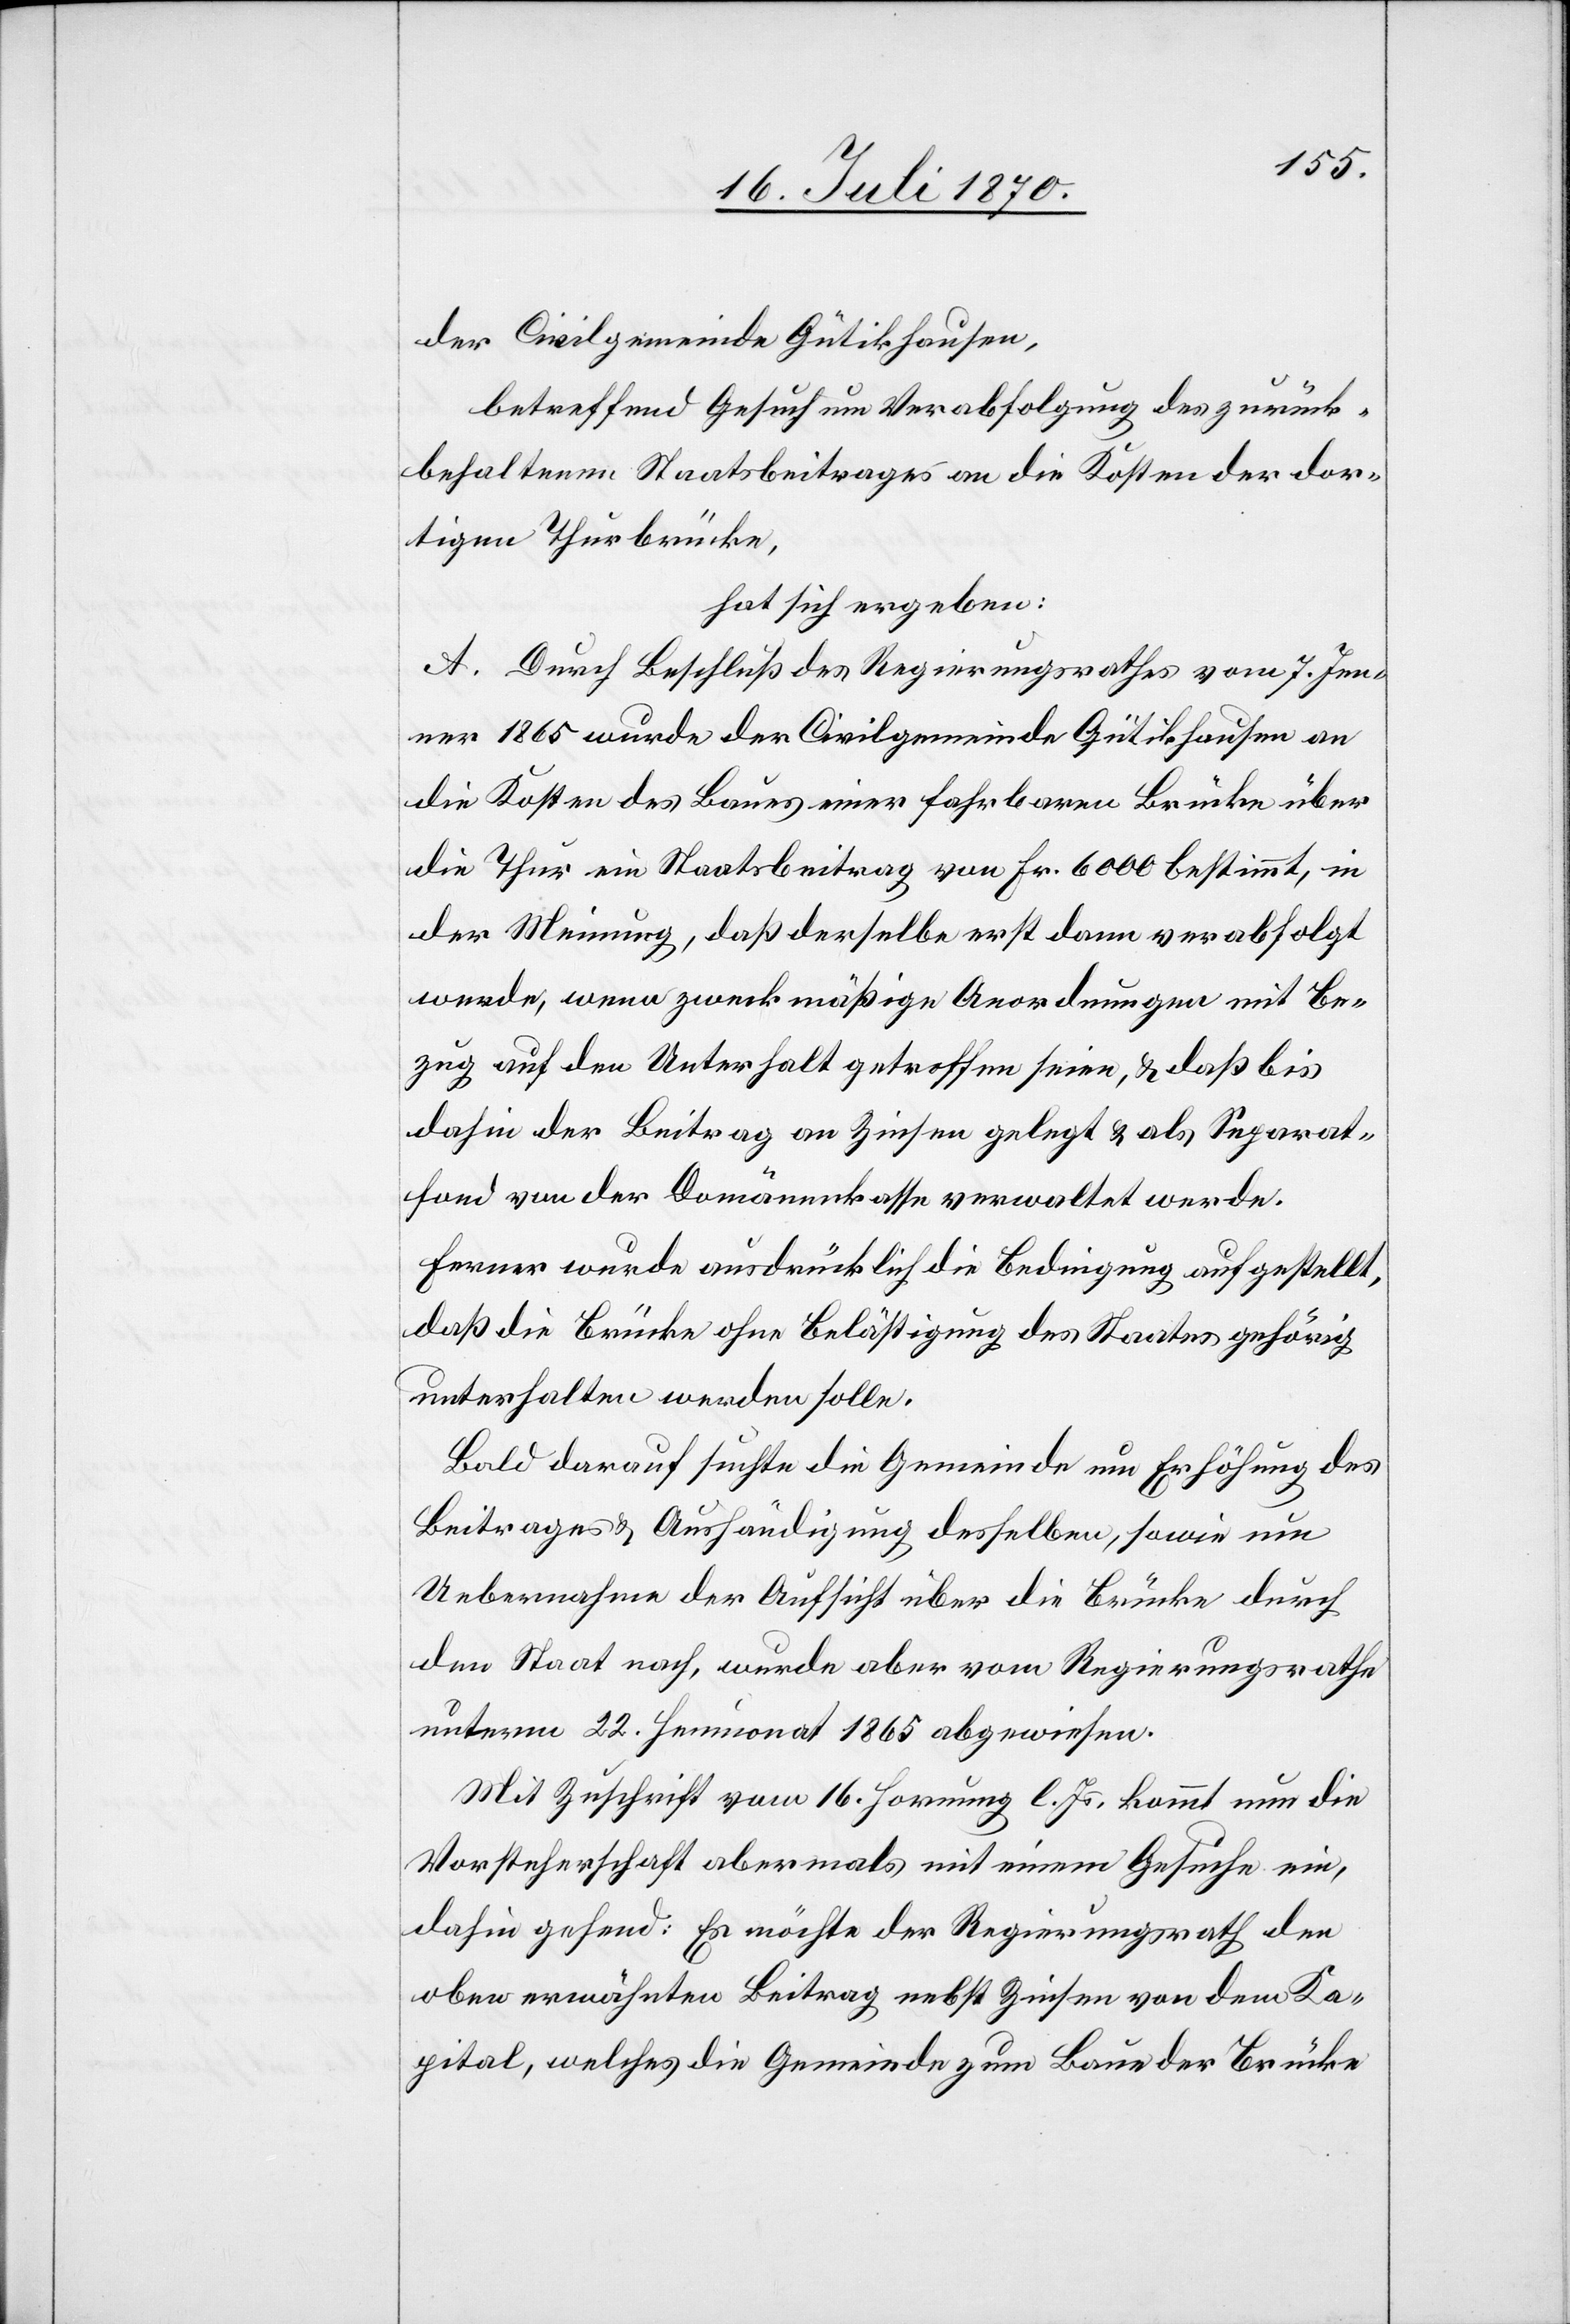
der Civilgemeinde Gütikhausen,
betreffend Gesuch um Verabfolgung des zurück¬
behaltenen Staatsbeitrages an die Kosten der dor¬
tigen Thurbrücke,
hat sich ergeben:
A. Durch Beschluß des Regierungsrathes vom 7. Jen¬
ner 1865 wurde der Civilgemeinde Gütikhausen an
die Kosten des Baues einer fahrbaren Brücke über
die Thur ein Staatsbeitrag von Fr. 6000 bestimmt, in
der Meinung, daß derselbe erst dann verabfolgt
werde, wenn zweckmäßige Anordnungen mit Be¬
zug auf den Unterhalt getroffen seien, & daß bis
dahin der Beitrag an Zinsen gelegt & als Separat¬
fond von der Domänenkasse verwaltet werde.
Ferner wurde ausdrücklich die Bedingung aufgestellt,
daß die Brücke ohne Belästigung des Staates gehörig
unterhalten werden solle.
Bald darauf suchte die Gemeinde um Erhöhung des
Beitrages & Aushändigung desselben, sowie um
Uebernahme der Aufsicht über die Brücke durch
den Staat nach, wurde aber vom Regierungsrathe
unterm 22. Heumonat 1865 abgewiesen.
Mit Zuschrift vom 16. Hornung l. Js. kommt nun die
Vorsteherschaft abermals mit einem Gesuche ein,
dahin gehend: Es möchte der Regierungsrath den
oben erwähnten Beitrag nebst Zinsen von dem Ka¬
pital, welches die Gemeinde zum Baue der Brücke